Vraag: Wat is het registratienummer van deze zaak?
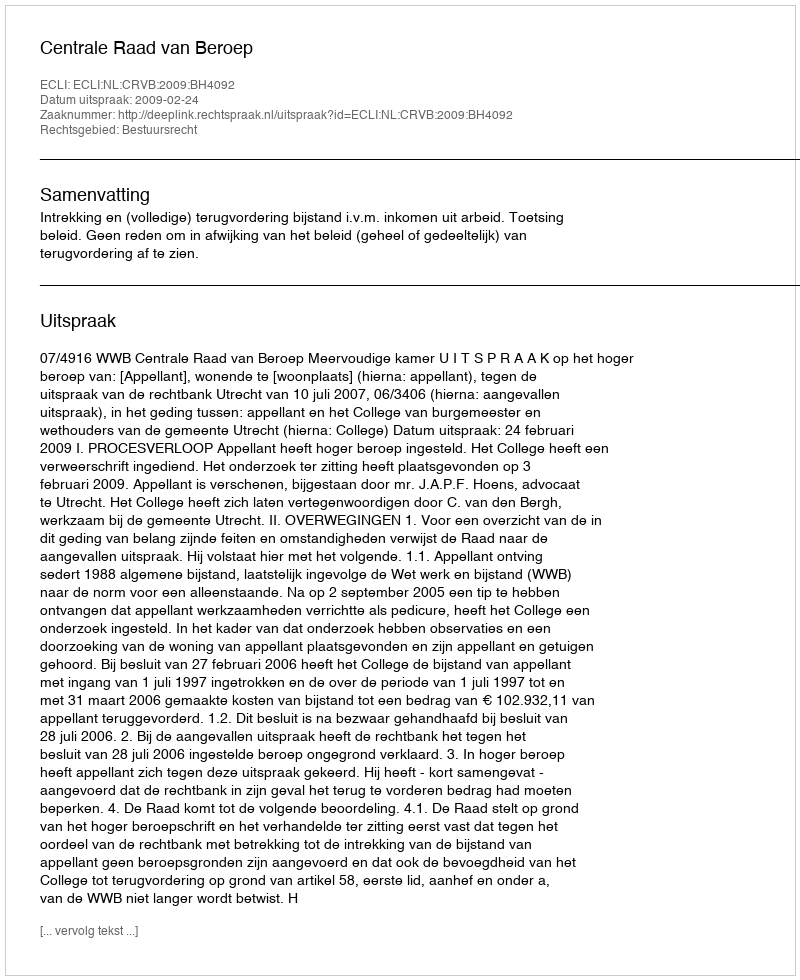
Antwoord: http://deeplink.rechtspraak.nl/uitspraak?id=ECLI:NL:CRVB:2009:BH4092